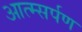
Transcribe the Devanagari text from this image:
आत्म्सर्पण